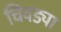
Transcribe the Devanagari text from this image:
चिवड्या